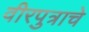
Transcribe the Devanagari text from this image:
वीरपुत्राचे